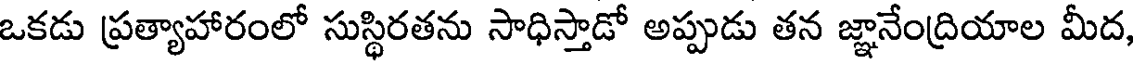
ఒకడు ప్రత్యాహారంలో సుస్థిరతను సాధిస్తాడో అప్పుడు తన జ్ఞానేంద్రియాల మీద,